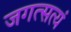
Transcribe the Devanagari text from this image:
जगत्सत्यं